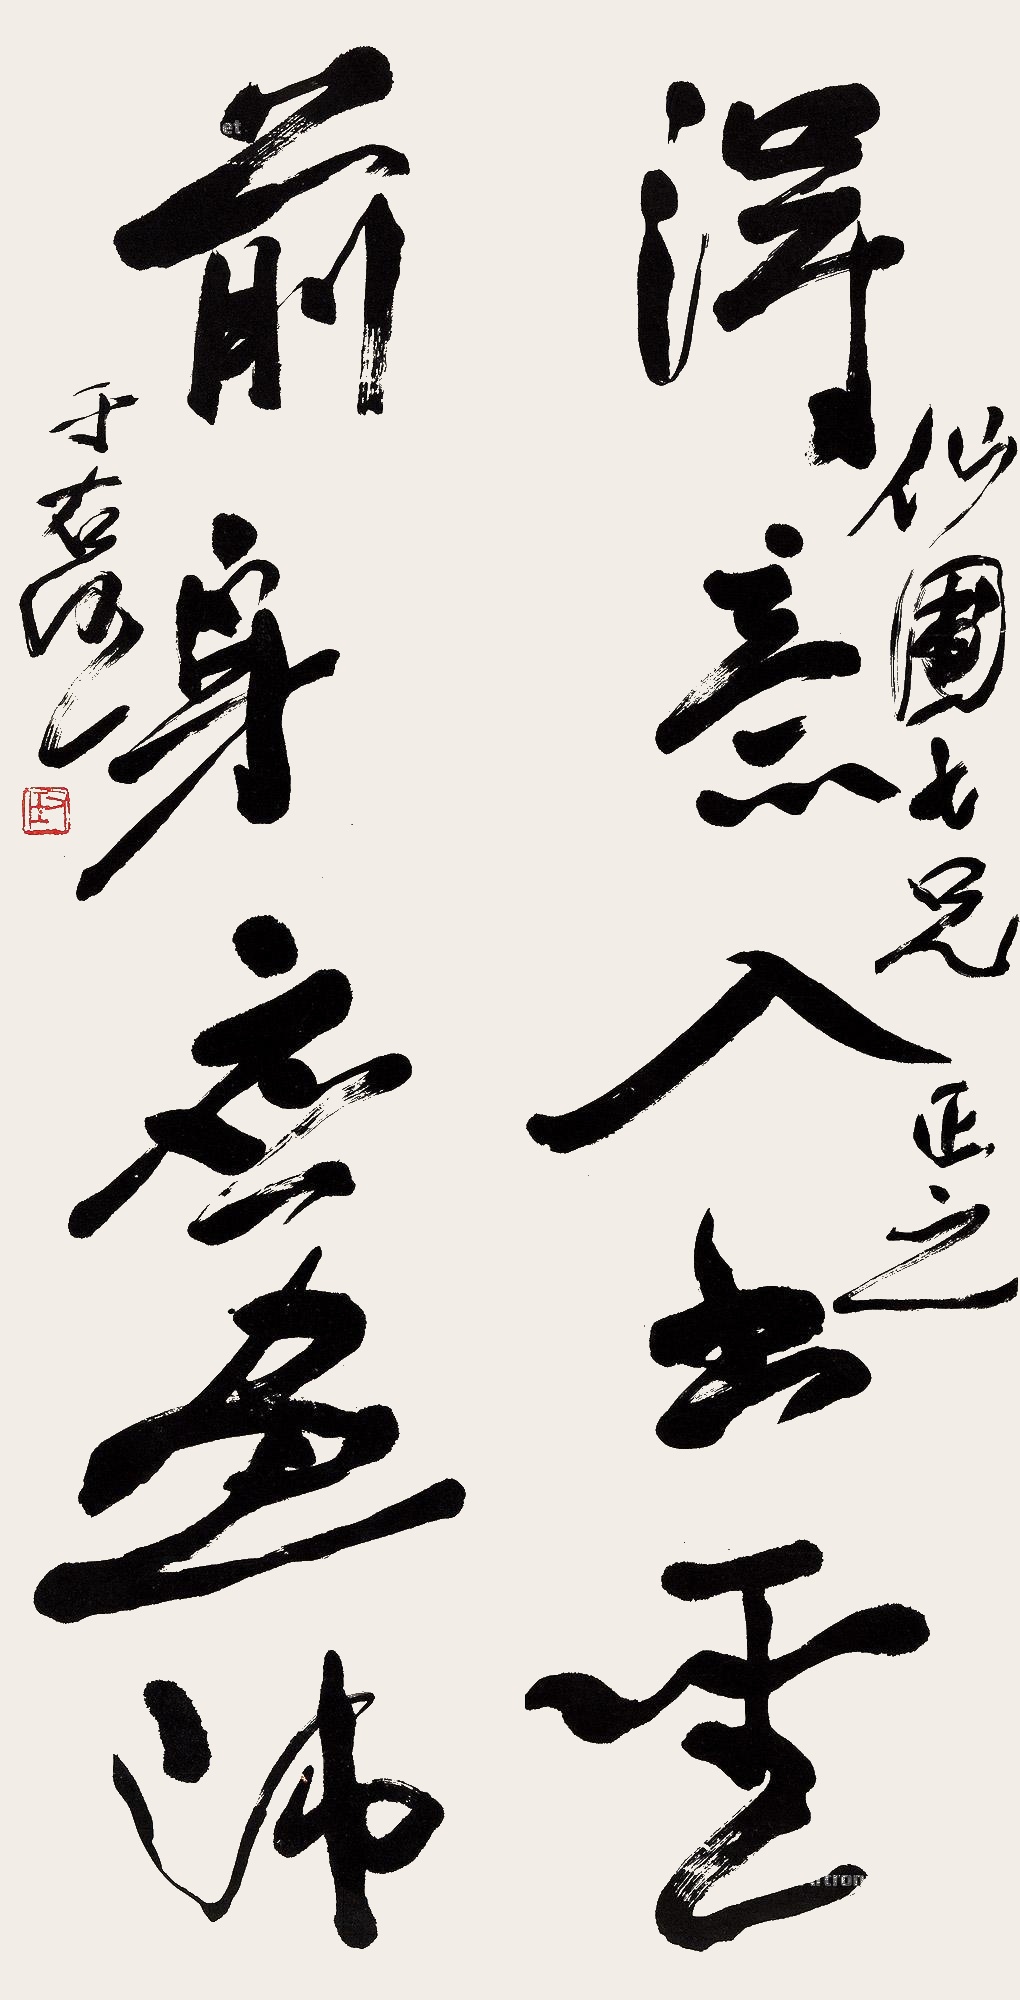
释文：得意入书圣，前身应画师。仙圃七兄正之。于右任。